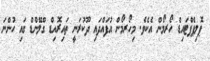
ޕޮލިޕެޕްޓައިޑް ހޯރމޯން އެކެވެ. މިހޯރމޯން އުފައްދައި ދޫކުރަނީ ތައިރޮއިޑް ގްލޭންޑް ގައި ހުންނަ